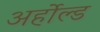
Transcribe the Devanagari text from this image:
अर्होल्ड